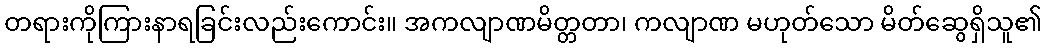
တရားကိုကြားနာရခြင်းလည်းကောင်း။ အကလျာဏမိတ္တတာ၊ ကလျာဏ မဟုတ်သော မိတ်ဆွေရှိသူ၏